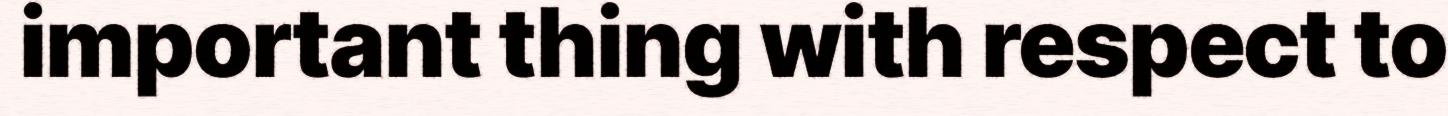
important thing with respect to